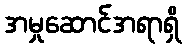
အမှုဆောင်အရာရှိ